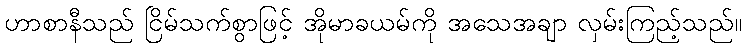
ဟာစာနီသည် ငြိမ်သက်စွာဖြင့် အိုမာခယမ်ကို အသေအချာ လှမ်းကြည့်သည်။